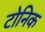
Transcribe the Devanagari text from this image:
टोनिक